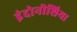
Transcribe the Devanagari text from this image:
इंदोनीशिया